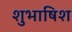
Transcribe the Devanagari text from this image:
शुभाषिश